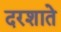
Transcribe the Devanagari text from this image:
दरशाते